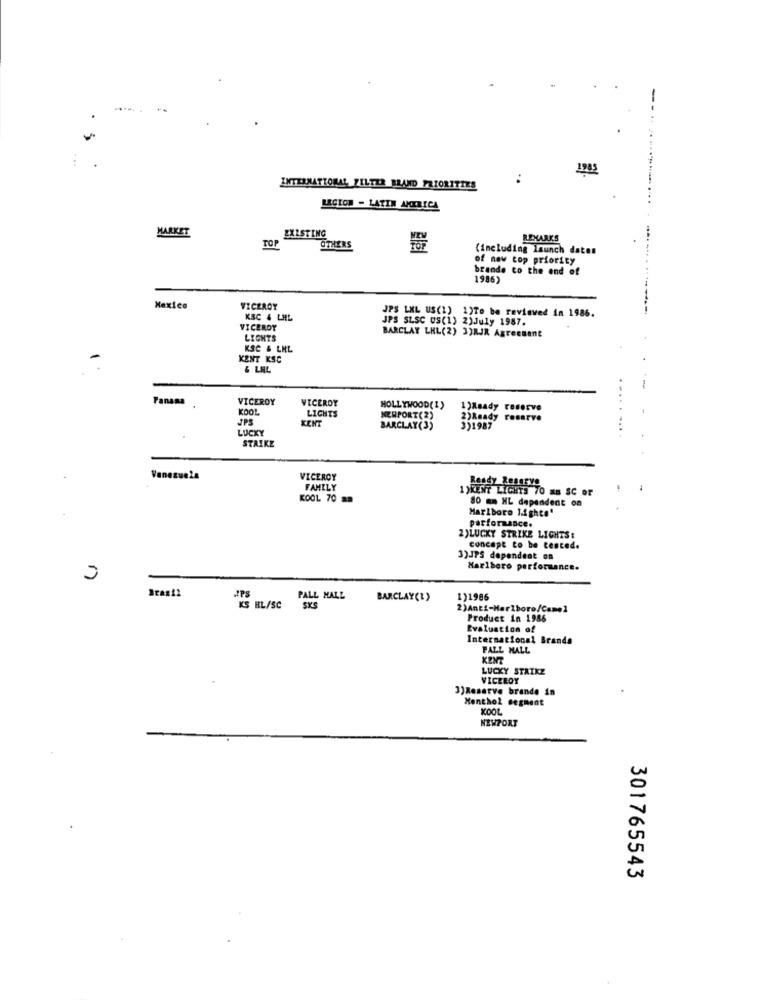
...
INTERNATIONAL FILTER BLAND PRIORITIES
REGION - LATIN AMTRICA
MARKET
EXISTING
REMARKS
TOP
OTHERS
(including launch dates
of new top priority
brande to the end of
1986)
Mexico
VICEROY
JPS LXL US(1) 1)To be reviewed in 1986.
KBC & LHL
JPS SLSC US(1) 2)July 1987.
VICEROY
LIGHTS
BARCLAY LHL(2) 3)RJR Agreement
KSC & LHL
KENT KSC
& LAL
Panans
VICEROY
VICEROY
KOOL
LIGHTS
HOLLYWOOD(I)
1)Asady reserve
JPS
KENT
NEWPORT(2)
2)Ready reserve
LUCKY
BARCLAY(3)
3)1987
STRIKE
Venezuela
VICEROY
FAMILY
1)KENT LIGHTS 70 MB SC OF
KOOL 70 mm
80 m HL dependent on
Marlboro Lights"
parformance.
2)LUCKY STRIKE LIGHTS:
concept to be cenced.
3)JPS dependent on
Marlboro performance.
PALL MALL
BARCLAY(E)
1)1986
KS HL/SC
SKS
2)Anti-Marlboro/Camel
Product in 1986
Evaluation of
International Brands
PALL MALL
LUCKY STRIKE
VICEROY
3)Reserve brande in
Menthol segment
KOOL
NEWPORT
301765543